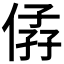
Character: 𠊩